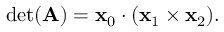
\operatorname* { d e t } ( \mathbf { A } ) = \mathbf { x } _ { 0 } \cdot ( \mathbf { x } _ { 1 } \times \mathbf { x } _ { 2 } ) .